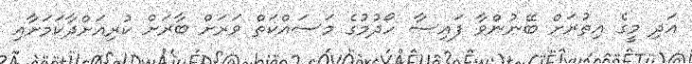
އަދި މީގެ އިތުރަށް ބޭނުންވާ ފައިސާ ހޯދުމުގެ މަސައްކަތް ވަރަށް ބާރަށް ކުރިއަށްދާކަމަށާއި